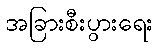
အခြားစီးပွားရေး